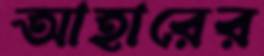
আহারের